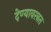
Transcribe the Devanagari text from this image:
देण्यावरबत